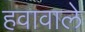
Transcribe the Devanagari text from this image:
हवावाले